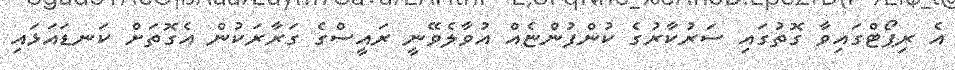
އެ ރިޕޯޓްގައިވާ ގޮތުގައި ސަރުކާރުގެ ކުންފުންޏެއް އުވާލެވޭނީ ރައީސްގެ ގަރާރަކުން އެގޮތަށް ކަނޑައަޅައި